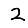
Digit: 2